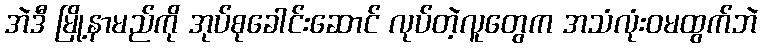
အဲဒီ မြို့နာမည်ကို အုပ်စုခေါင်းဆောင် လုပ်တဲ့လူတွေက အသံလုံးဝမထွက်ဘဲ